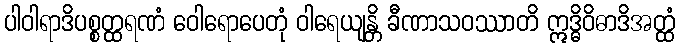
ပါဝါရာဒိပစ္စတ္ထရဏံ ဝေါရောပေတုံ ဝါရေယျန္တိ ခီဏာသဝဿာတိ ဣဒ္ဓိဝိဓာဒိအတ္ထံ